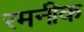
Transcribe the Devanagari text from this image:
रमनीक